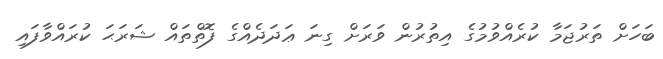
ބަހަށް ތަރުޖަމާ ކުރެއްވުމުގެ އިތުރުން ވަރަށް ގިނަ ޢަދަދެއްގެ ފޮތްތައް ޝަރަޙަ ކުރައްވާފައި